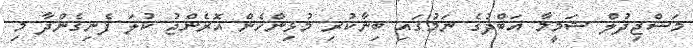
މަސްޖިދުލް ޝަމީމާ އަބްދުގެ ނަމުގައި ބިނާކުރި މުޅިންހެން އޮރެންޖު ކުލަ ފެނިގެންދާ މި